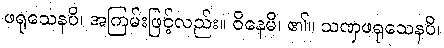
ဖရုသေနပိ၊ အကြမ်းဖြင့်လည်း။ ဝိနေမိ၊ ၏။ သဏှဖရုသေနပိ၊